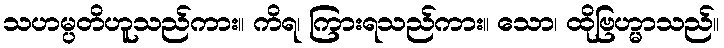
သဟမ္ပတိဟူသည်ကား။ ကိရ၊ ကြားရသည်ကား။ သော၊ ထိုဗြဟ္မာသည်။